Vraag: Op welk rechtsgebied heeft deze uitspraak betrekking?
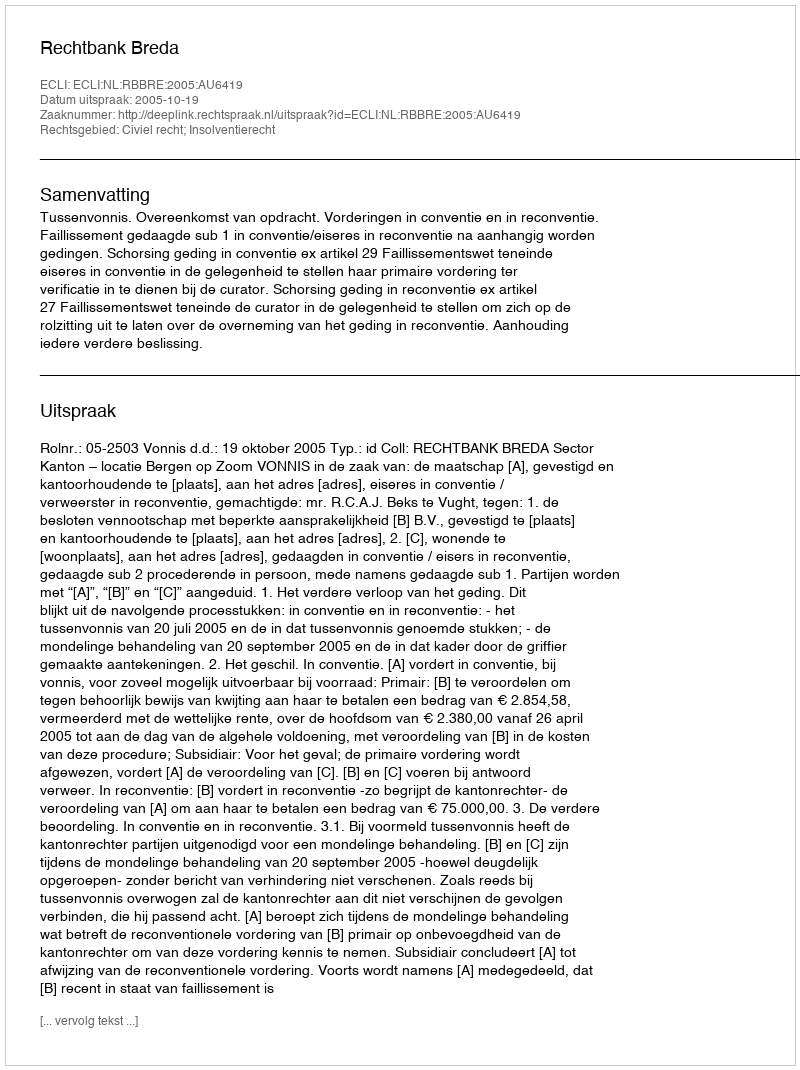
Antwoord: Civiel recht; Insolventierecht